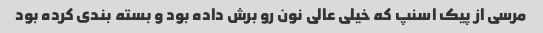
مرسی از پیک اسنپ که خیلی عالی نون رو برش داده بود و بسته بندی کرده بود